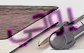
يوحي